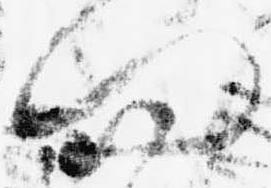
問